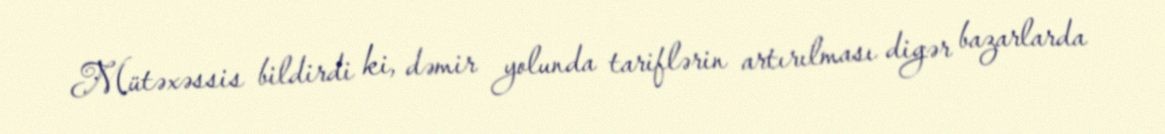
Mütəxəssis bildirdi ki, dəmir yolunda tariflərin artırılması digər bazarlarda